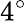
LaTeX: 4^{\circ}